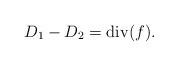
LaTeX: \begin{align*}D_1 - D_2 = \textrm{div}(f). \end{align*}